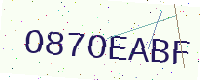
Text: O87OEABF